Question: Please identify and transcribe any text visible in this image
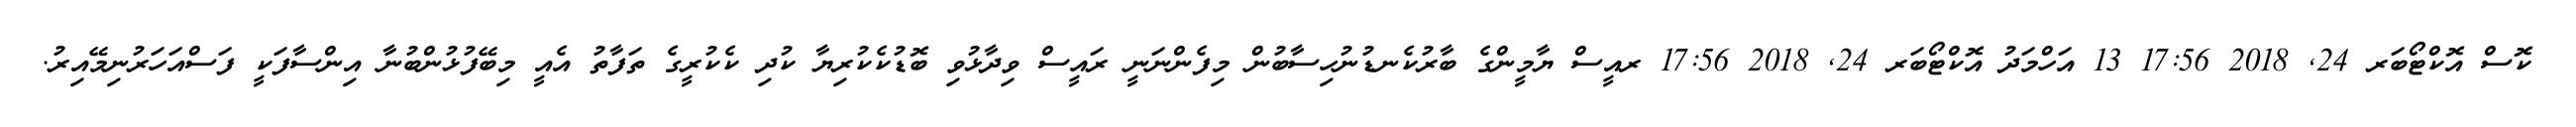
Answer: ކޮސް އޮކްޓޯބަރ 24, 2018 17:56 13 އަހްމަދު އޮކްޓޯބަރ 24, 2018 17:56 ރއީސް ޔާމީންގެ ބާރުކެނޑުނުހިސާބުން މިފެންނަނީ ރައީސް ވިދާޅުވި ބޮޑުކެކުރިޔާ ކުދި ކެކުރީގެ ތަފާތު އެއީ މިބޭފުޅުންބުނާ އިންސާފަކީ ފަސްއަހަރުނިމޭއިރު.